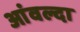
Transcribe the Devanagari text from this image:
आंवल्दा